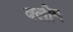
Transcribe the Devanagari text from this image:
क्लीम